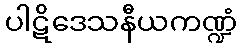
ပါဋိဒေသနီယကဏ္ဍံ